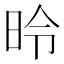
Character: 昤